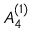
{ A } _ { 4 } ^ { ( 1 ) }